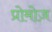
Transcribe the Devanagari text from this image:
प्रोमोज़